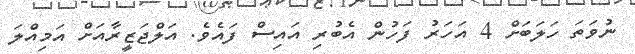
ނުވަތަ ހަލަބަށް 4 އަހަރު ފަހުން އެބުރި އައިސް ފައެވެ. އަލްޖަޒީރާއަށް އަމިއްލަ